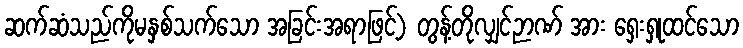
ဆက်ဆံသည်ကိုမနှစ်သက်သော အခြင်းအရာဖြင့်) တွန့်တိုလျှင်ဉာဏ် အား ရှေးရှုထင်သော